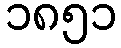
၁၈၅၁